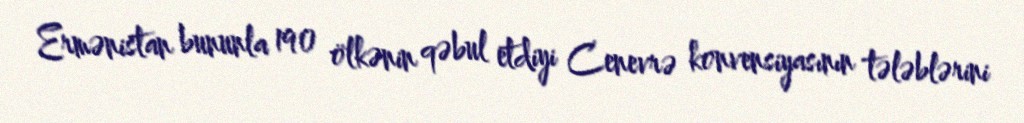
Ermənistan bununla 190 ölkənin qəbul etdiyi Cenevrə konvensiyasının tələblərini